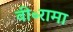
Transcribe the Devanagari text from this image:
वी॰रामा